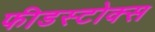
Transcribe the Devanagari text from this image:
फीडस्टोक्स